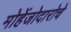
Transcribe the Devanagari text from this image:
मोहेंजोदारोचे